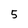
Character: 5